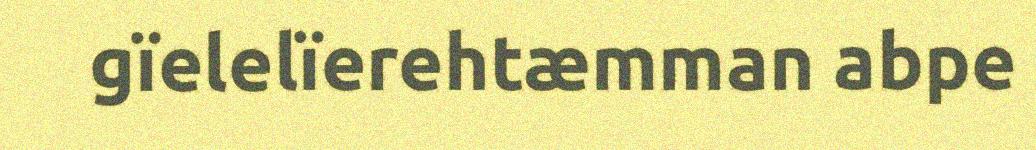
gïelelïerehtæmman abpe